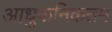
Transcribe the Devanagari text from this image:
आधुकनिकतम